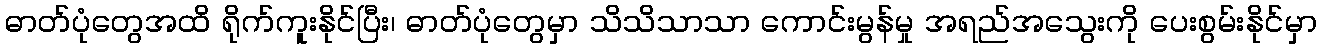
ဓာတ်ပုံတွေအထိ ရိုက်ကူးနိုင်ပြီး၊ ဓာတ်ပုံတွေမှာ သိသိသာသာ ကောင်းမွန်မှု အရည်အသွေးကို ပေးစွမ်းနိုင်မှာ